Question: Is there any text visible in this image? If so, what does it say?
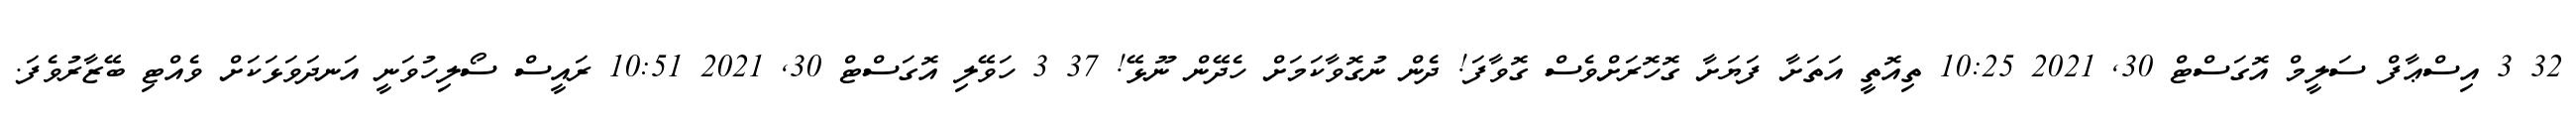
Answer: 32 3 އިސްޢާފް ސަލީމް އޮގަސްޓް 30, 2021 10:25 ތިއޮތީ އަތަށާ ފަޔަށާ ގޮހޮރަށްވެސް ގޮވާފަ! ދެން ނުގޮވާކަމަށް ހެދޭން ނޫޅޭ! 37 3 ހަވޭލި އޮގަސްޓް 30, 2021 10:51 ރައީސް ސޯލިހުވަނީ އަނދަވަޅަކަށް ވެއްޓި ބޭޒާރުވެފަ.